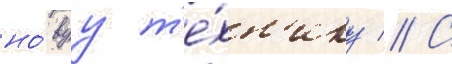
но́вуу т'е́хн'ику // С